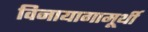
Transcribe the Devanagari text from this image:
विनायागामूर्थी